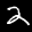
Label: 2